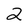
Character: 2